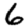
Digit: 6